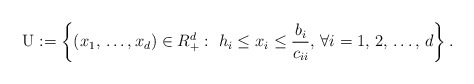
\begin{align*}\mathrm{U}:=\left\{ \left( x_{1},\thinspace \mathellipsis ,x_{d} \right)\in R_{+}^{d}:\thinspace \thinspace h_{i}\le x_{i}\le \frac{b_{i}}{c_{ii}},\thinspace \forall i=1,\thinspace 2,\thinspace \mathellipsis ,\thinspace d \right\}.\end{align*}